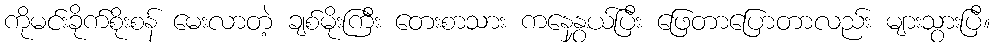
ကိုမင်းခိုက်စိုးစန် မေးလာတဲ့ ချစ်မိုးကြီး တေးစာသား ကနေနွှယ်ပြီး ဖြေတာပြောတာလည်း များသွားပြီ။